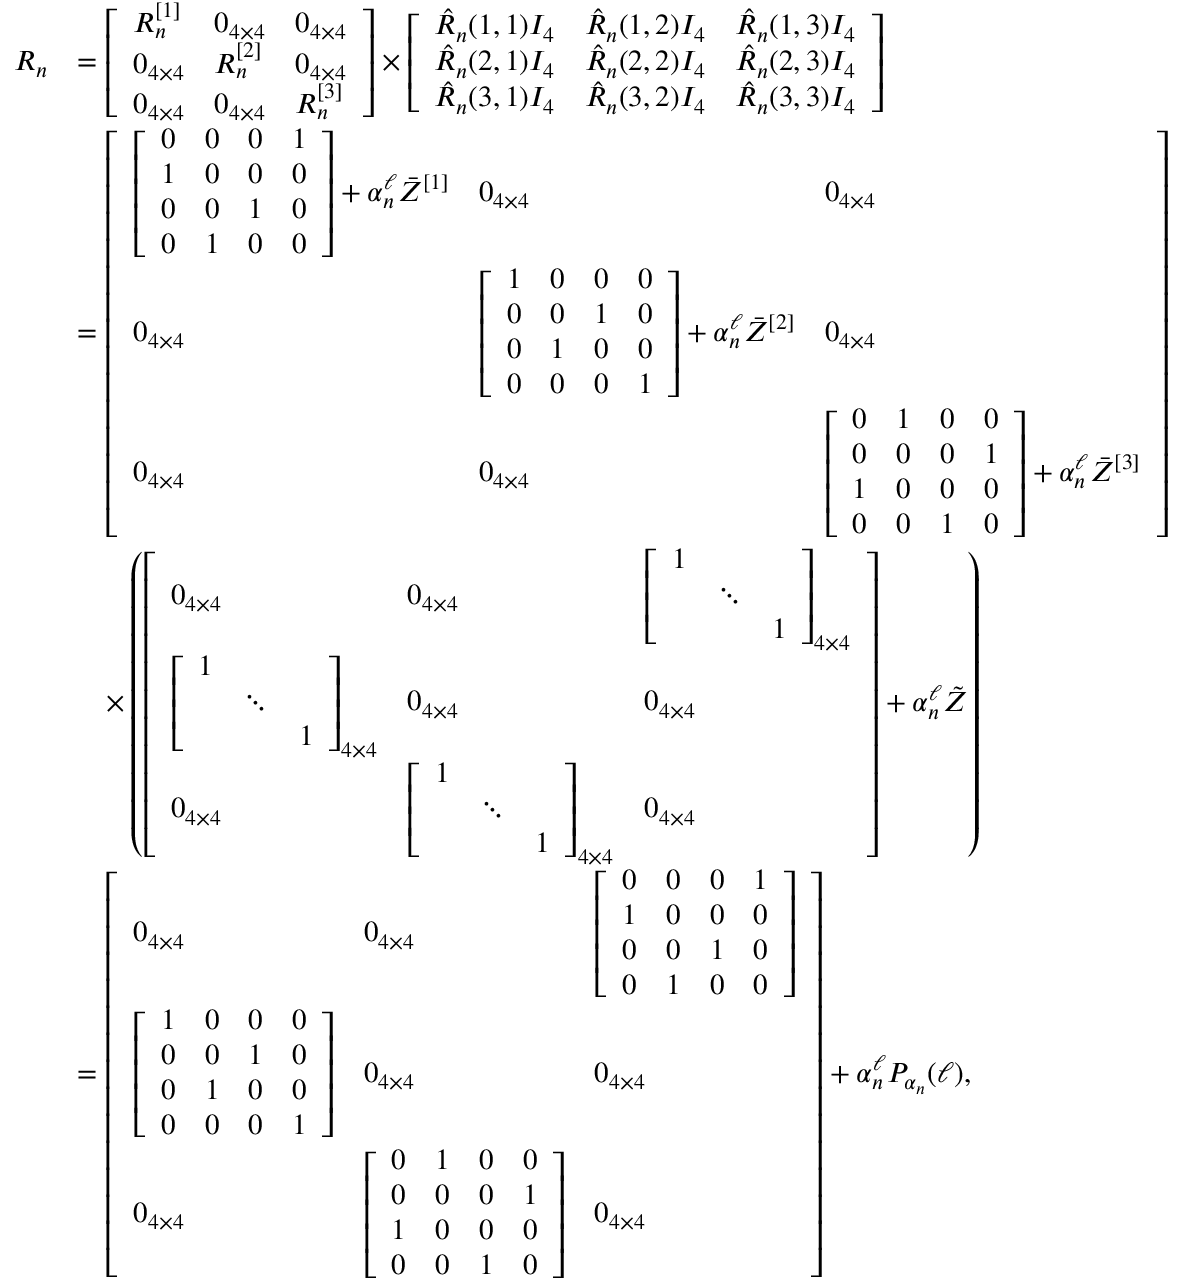
\begin{array} { r l } { R _ { n } } & { = \left[ \begin{array} { l l l } { R _ { n } ^ { [ 1 ] } } & { 0 _ { 4 \times 4 } } & { 0 _ { 4 \times 4 } } \\ { 0 _ { 4 \times 4 } } & { R _ { n } ^ { [ 2 ] } } & { 0 _ { 4 \times 4 } } \\ { 0 _ { 4 \times 4 } } & { 0 _ { 4 \times 4 } } & { R _ { n } ^ { [ 3 ] } } \end{array} \right] \times \left[ \begin{array} { l l l } { \hat { R } _ { n } ( 1 , 1 ) I _ { 4 } } & { \hat { R } _ { n } ( 1 , 2 ) I _ { 4 } } & { \hat { R } _ { n } ( 1 , 3 ) I _ { 4 } } \\ { \hat { R } _ { n } ( 2 , 1 ) I _ { 4 } } & { \hat { R } _ { n } ( 2 , 2 ) I _ { 4 } } & { \hat { R } _ { n } ( 2 , 3 ) I _ { 4 } } \\ { \hat { R } _ { n } ( 3 , 1 ) I _ { 4 } } & { \hat { R } _ { n } ( 3 , 2 ) I _ { 4 } } & { \hat { R } _ { n } ( 3 , 3 ) I _ { 4 } } \end{array} \right] } \\ & { = \left[ \begin{array} { l l l } { \left[ \begin{array} { l l l l } { 0 } & { 0 } & { 0 } & { 1 } \\ { 1 } & { 0 } & { 0 } & { 0 } \\ { 0 } & { 0 } & { 1 } & { 0 } \\ { 0 } & { 1 } & { 0 } & { 0 } \end{array} \right] + \alpha _ { n } ^ { \ell } \bar { Z } ^ { [ 1 ] } } & { 0 _ { 4 \times 4 } } & { 0 _ { 4 \times 4 } } \\ { 0 _ { 4 \times 4 } } & { \left[ \begin{array} { l l l l } { 1 } & { 0 } & { 0 } & { 0 } \\ { 0 } & { 0 } & { 1 } & { 0 } \\ { 0 } & { 1 } & { 0 } & { 0 } \\ { 0 } & { 0 } & { 0 } & { 1 } \end{array} \right] + \alpha _ { n } ^ { \ell } \bar { Z } ^ { [ 2 ] } } & { 0 _ { 4 \times 4 } } \\ { 0 _ { 4 \times 4 } } & { 0 _ { 4 \times 4 } } & { \left[ \begin{array} { l l l l } { 0 } & { 1 } & { 0 } & { 0 } \\ { 0 } & { 0 } & { 0 } & { 1 } \\ { 1 } & { 0 } & { 0 } & { 0 } \\ { 0 } & { 0 } & { 1 } & { 0 } \end{array} \right] + \alpha _ { n } ^ { \ell } \bar { Z } ^ { [ 3 ] } } \end{array} \right] } \\ & { \quad \times \left( \left[ \begin{array} { l l l } { 0 _ { 4 \times 4 } } & { 0 _ { 4 \times 4 } } & { \left[ \begin{array} { l l l } { 1 } & & \\ & { \ddots } & \\ & & { 1 } \end{array} \right] _ { 4 \times 4 } } \\ { \left[ \begin{array} { l l l } { 1 } & & \\ & { \ddots } & \\ & & { 1 } \end{array} \right] _ { 4 \times 4 } } & { 0 _ { 4 \times 4 } } & { 0 _ { 4 \times 4 } } \\ { 0 _ { 4 \times 4 } } & { \left[ \begin{array} { l l l } { 1 } & & \\ & { \ddots } & \\ & & { 1 } \end{array} \right] _ { 4 \times 4 } } & { 0 _ { 4 \times 4 } } \end{array} \right] + \alpha _ { n } ^ { \ell } \Tilde { Z } \right) } \\ & { = \left[ \begin{array} { l l l } { 0 _ { 4 \times 4 } } & { 0 _ { 4 \times 4 } } & { \left[ \begin{array} { l l l l } { 0 } & { 0 } & { 0 } & { 1 } \\ { 1 } & { 0 } & { 0 } & { 0 } \\ { 0 } & { 0 } & { 1 } & { 0 } \\ { 0 } & { 1 } & { 0 } & { 0 } \end{array} \right] } \\ { \left[ \begin{array} { l l l l } { 1 } & { 0 } & { 0 } & { 0 } \\ { 0 } & { 0 } & { 1 } & { 0 } \\ { 0 } & { 1 } & { 0 } & { 0 } \\ { 0 } & { 0 } & { 0 } & { 1 } \end{array} \right] } & { 0 _ { 4 \times 4 } } & { 0 _ { 4 \times 4 } } \\ { 0 _ { 4 \times 4 } } & { \left[ \begin{array} { l l l l } { 0 } & { 1 } & { 0 } & { 0 } \\ { 0 } & { 0 } & { 0 } & { 1 } \\ { 1 } & { 0 } & { 0 } & { 0 } \\ { 0 } & { 0 } & { 1 } & { 0 } \end{array} \right] } & { 0 _ { 4 \times 4 } } \end{array} \right] + \alpha _ { n } ^ { \ell } P _ { \alpha _ { n } } ( \ell ) , } \end{array}